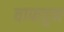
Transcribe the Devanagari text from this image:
वाफवुन